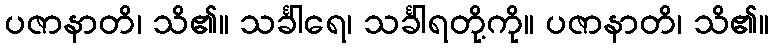
ပဇာနာတိ၊ သိ၏။ သင်္ခါရေ၊ သင်္ခါရတို့ကို။ ပဇာနာတိ၊ သိ၏။